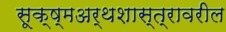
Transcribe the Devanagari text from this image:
सूक्ष्मअर्थशास्त्रावरील